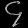
Digit: ၄